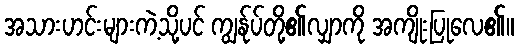
အသားဟင်းများကဲ့သို့ပင် ကျွန်ုပ်တို့၏လျှာကို အကျိုးပြုလေ၏။